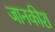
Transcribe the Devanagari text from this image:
जानकीश